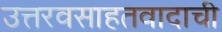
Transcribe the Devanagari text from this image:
उत्तरवसाहतवादाची